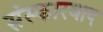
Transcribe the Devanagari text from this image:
संस्कारवाद